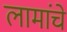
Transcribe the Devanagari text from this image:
लामांचे